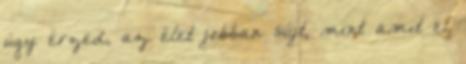
úgy érzed, az élet jobban sújt, mint amit el